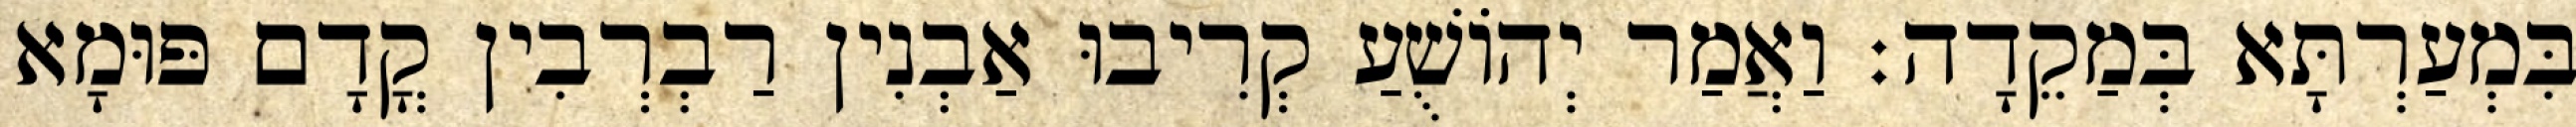
בִּמְעַרְתָּא בְּמַקֵדָה׃ וַאֲמַר יְהוֹשֻׁעַ קְרִיבוּ אַבְנִין רַבְרְבִין קֳדָם פּוּמָא